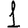
Digit: 1